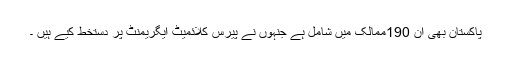
پاکستان بھی ان 190ممالک میں شامل ہے جنہوں نے پیرس کلائمیٹ ایگریمنٹ پر دستخط کیے ہیں ۔